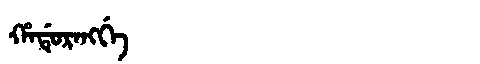
Manchu: ᡥᠠᡩᡠᡵᠠᠩᡤᡝ
Romanization: HADURANGGE